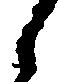
候